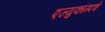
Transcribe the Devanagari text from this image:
एज्युकॉम्पचे